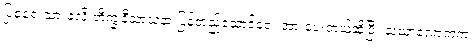
ပြုစုရေးသားခဲ့လို့ ဘိက္ခုနီသာသနာ ပြန်တည်ထောင်ရေး အားပေးတယ်ဆိုပြီး သံဃာလောကက